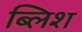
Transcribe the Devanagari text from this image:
ब्लिश